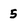
Character: 5